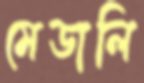
মেডালি